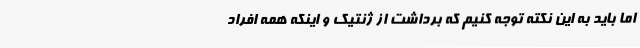
اما باید به این نکته توجه کنیم که برداشت از ژنتیک و اینکه همه افراد